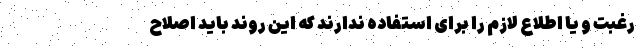
رغبت و یا اطلاع لازم را برای استفاده ندارند که این روند باید اصلاح